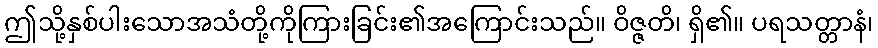
ဤသို့နှစ်ပါးသောအသံတို့ကိုကြားခြင်း၏အကြောင်းသည်။ ဝိဇ္ဇတိ၊ ရှိ၏။ ပရသတ္တာနံ၊